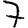
Digit: 7